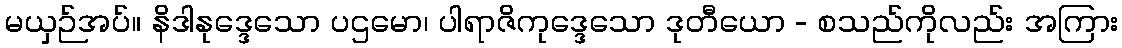
မယှဉ်အပ်။ နိဒါနုဒ္ဒေသော ပဌမော၊ ပါရာဇိကုဒ္ဒေသော ဒုတီယော - စသည်ကိုလည်း အကြား